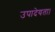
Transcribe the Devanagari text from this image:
उपादेयता।